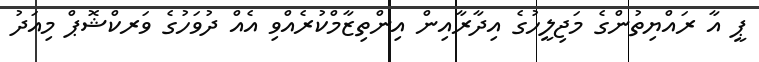
ޕީ އާ ރައްޔިތުންގެ މަޖިލީހުގެ އިދާރާއިން އިންތިޒާމްކުރެއްވި އެއް ދުވަހުގެ ވަރކްޝޮޕް މިއަދު